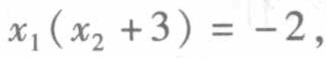
\(x_{1}(x_{2}+3)= -2,\)